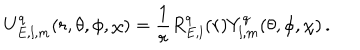
U _ { E , l , m } ^ { q } ( r , \theta , \phi , \chi ) = \frac { 1 } { r } R _ { E , l } ^ { q } ( r ) Y _ { l , m } ^ { q } ( \theta , \phi , \chi ) \, .